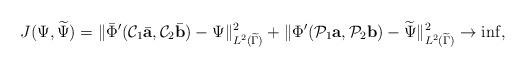
LaTeX: \begin{align*}J(\Psi,\widetilde \Psi)=\Vert \bar \Phi'(\mathcal C_1\bar {\mbox{\bf a}},\mathcal C_2\bar {\mbox{\bf b}})-\Psi\Vert^2_{L^2(\widetilde \Gamma)}+\Vert \Phi'(\mathcal P_1{\mbox{\bf a}},\mathcal P_2{\mbox{\bf b}})-{\widetilde\Psi}\Vert^2_{L^2(\widetilde \Gamma)}\rightarrow \inf,\end{align*}